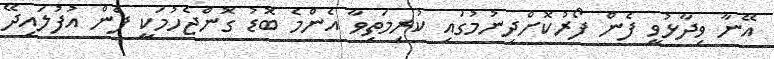
އޭނާ ވިދާޅުވީ ފެން ފޯރުކޮށްދިނުމުގައި ކުރިމަތިވާ އެންމެ ބޮޑު ގޮންޖެހުމަކީ ފެން އުފުލައިދޭ